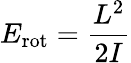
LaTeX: E_{\mathrm{rot}}={\frac{L^{2}}{2I}}